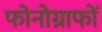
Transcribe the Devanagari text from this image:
फोनोग्राफों